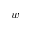
w